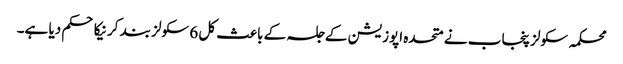
محکمہ سکولز پنجاب نے متحدہ اپوزیشن کے جلسہ کے باعث کل 6 سکولز بند کرنیکا حکم دیا ہے۔